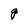
Character: g